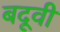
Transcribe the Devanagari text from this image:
बदूवी